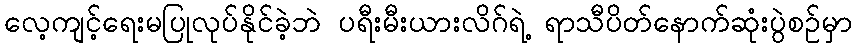
လေ့ကျင့်ရေးမပြုလုပ်နိုင်ခဲ့ဘဲ ပရီးမီးယားလိဂ်ရဲ့ ရာသီပိတ်နောက်ဆုံးပွဲစဉ်မှာ